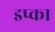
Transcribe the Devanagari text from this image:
इप्का